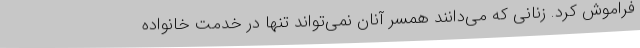
فراموش کرد. زنانی که می‌دانند همسر آنان نمی‌تواند تنها در خدمت خانواده